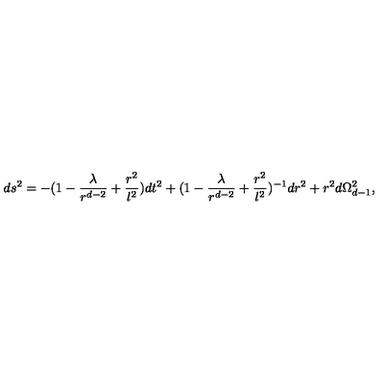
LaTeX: d s ^ { 2 } = - ( 1 - { \frac { \lambda } { r ^ { d - 2 } } } + { \frac { r ^ { 2 } } { l ^ { 2 } } } ) d t ^ { 2 } + ( 1 - { \frac { \lambda } { r ^ { d - 2 } } } + { \frac { r ^ { 2 } } { l ^ { 2 } } } ) ^ { - 1 } d r ^ { 2 } + r ^ { 2 } d \Omega _ { d - 1 } ^ { 2 } ,